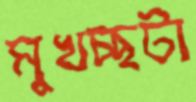
মুখচ্ছটা